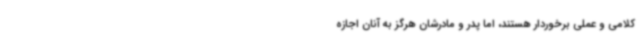
کلامی و عملی برخوردار هستند، اما پدر و مادرشان هرگز به آنان اجازه